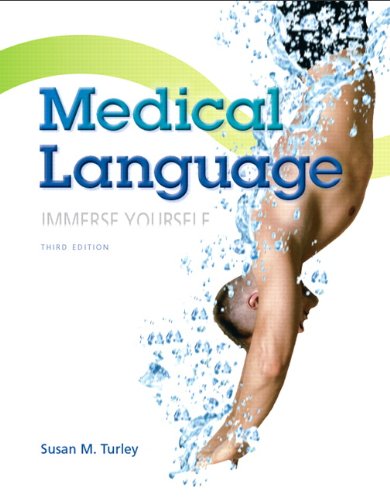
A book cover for Medical Language (3rd Edition); Susan M. Turley MA  BSN  RN  ART  CMT; Medical Books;